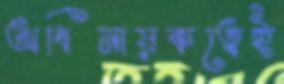
অধিনায়কত্বেই